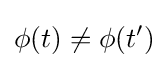
\phi (t)\neq \phi (t')